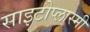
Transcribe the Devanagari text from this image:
साइटोप्लास्मी